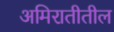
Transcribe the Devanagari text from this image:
अमिरातीतील